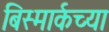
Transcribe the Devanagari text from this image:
बिस्मार्कच्या